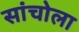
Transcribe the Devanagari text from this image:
सांचोला